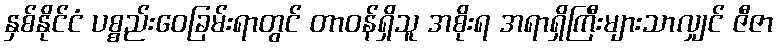
နှစ်နိုင်ငံ ပစ္စည်းဝေခြမ်းရာတွင် တာဝန်ရှိသူ အစိုးရ အရာရှိကြီးများသာလျှင် ဇီဇာ